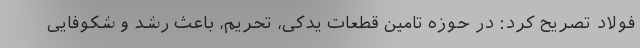
فولاد تصریح کرد: در حوزه تامین قطعات یدکی، تحریم، باعث رشد و شکوفایی